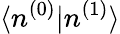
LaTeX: \langle n^{(0)}|n^{(1)}\rangle